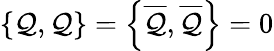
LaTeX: \left\{ \mathcal{Q},\mathcal{Q}\right\} =\left\{ {\overline{{{\mathcal{Q}}}}},{\overline{{{\mathcal{Q}}}}}\right\} =0